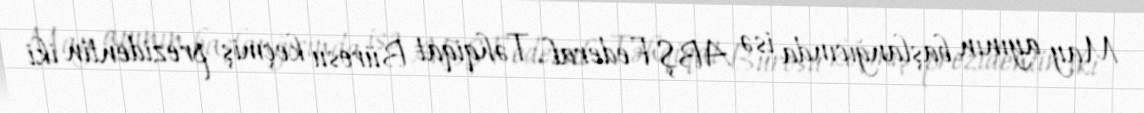
May ayının başlanğıcında isə ABŞ Federal Təhqiqat Bürosu keçmiş prezidentin iki